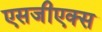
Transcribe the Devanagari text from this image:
एसजीएक्स